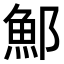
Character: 𫑨